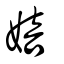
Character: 婄